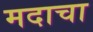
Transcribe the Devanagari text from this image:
मदाचा